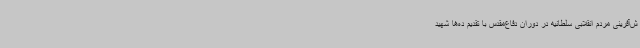
ش‌آفرینی مردم انقلابی سلطانیه در دوران دفاع‌مقدس با تقدیم ده‌ها شهید